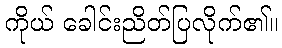
ကိုယ် ခေါင်းညိတ်ပြလိုက်၏။